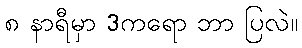
၈ နာရီမှာ 3ကရော ဘာ ပြလဲ။